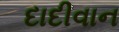
દાદીવાન